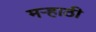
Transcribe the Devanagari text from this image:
मर्‍हाठी